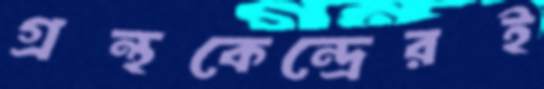
গ্রন্থকেন্দ্রেরই